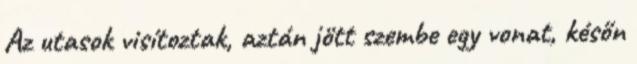
Az utasok visítoztak, aztán jött szembe egy vonat, későn